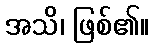
အသိ၊ ဖြစ်၏။